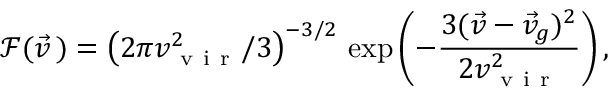
\mathcal { F } ( \vec { v } \, ) = \left( 2 \pi v _ { \mathrm { ~ v ~ i ~ r ~ } } ^ { 2 } / 3 \right) ^ { - 3 / 2 } \, \exp \left( - \frac { 3 ( \vec { v } - \vec { v } _ { g } ) ^ { 2 } } { 2 v _ { \mathrm { ~ v ~ i ~ r ~ } } ^ { 2 } } \right) ,